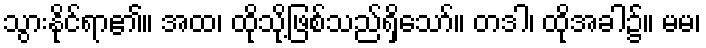
သွားနိုင်ရာ၏။ အထ၊ ထိုသို့ဖြစ်သည်ရှိသော်။ တဒါ၊ ထိုအခါ၌။ မမ၊